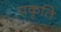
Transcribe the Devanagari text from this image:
प्रकृति